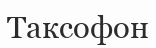
Таксофон